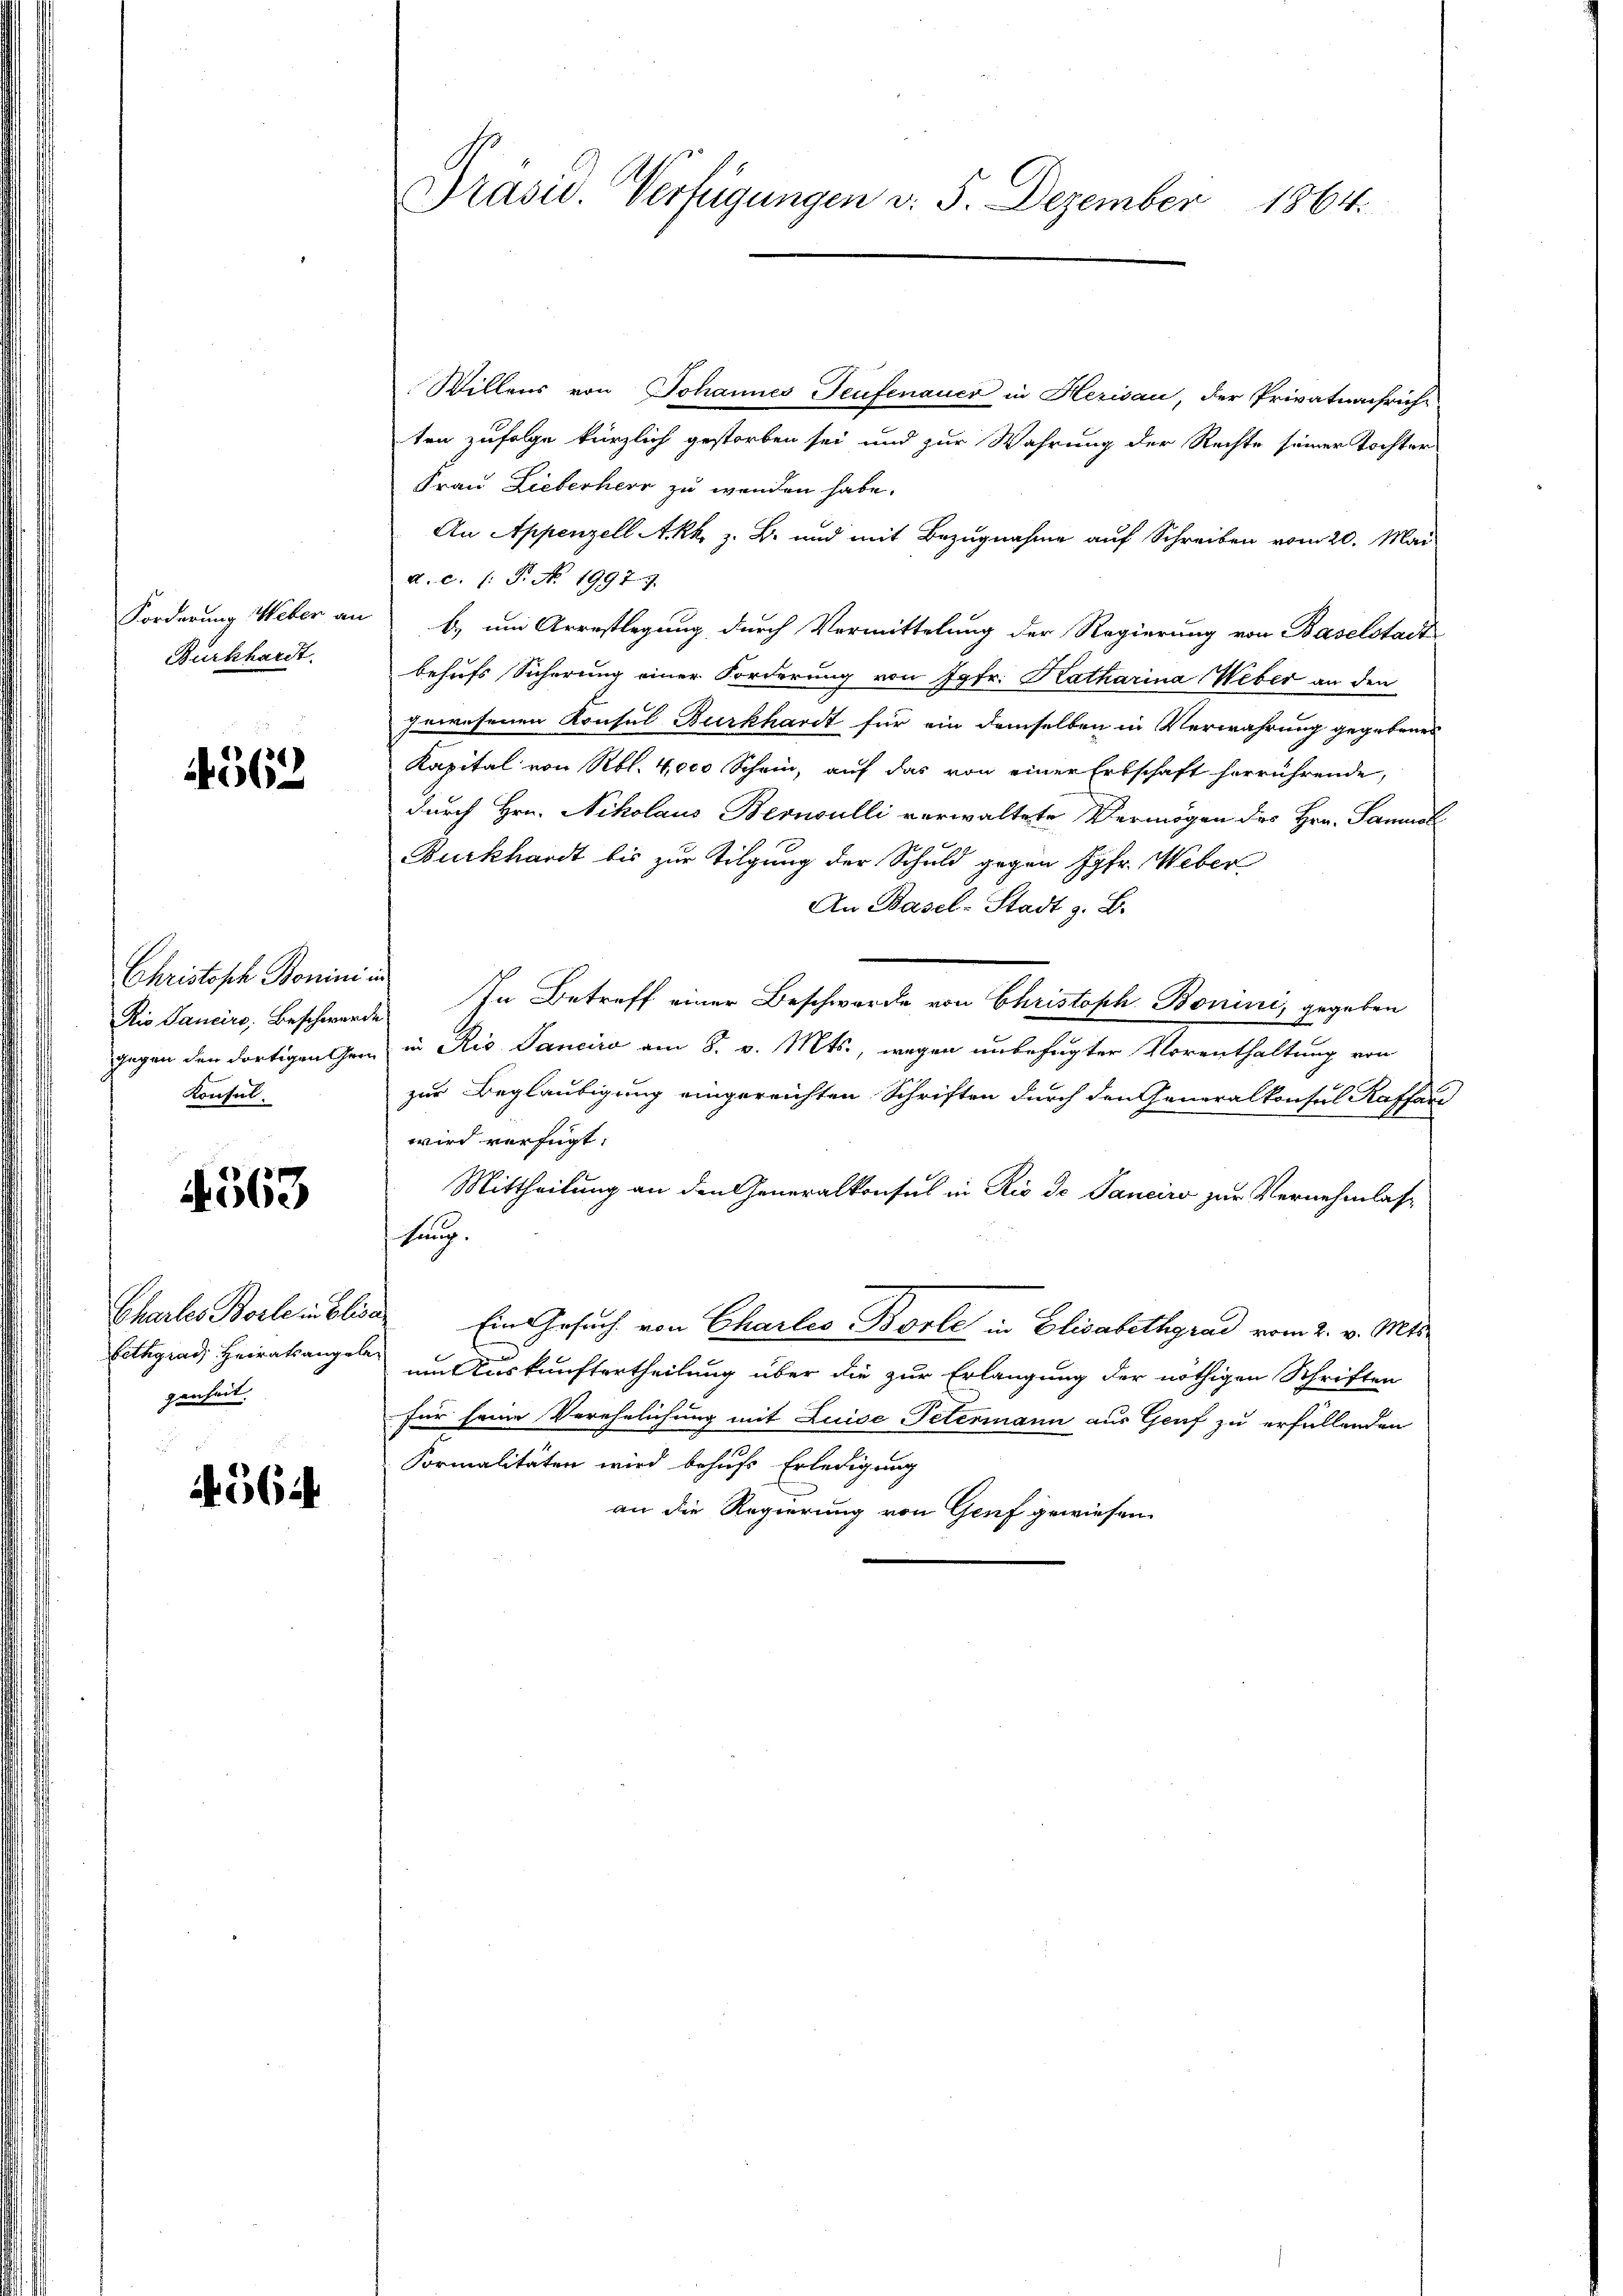
Forderung Weber an
Burkhardt.

562.

Christoph Bonini in
Rio Sancirs, Beschwere.
gegen den dortigen Gem
Konsul

4563

Chartes Borle in Elis
bethgrad Heiratsangel
genheit.

4564.

Präsid. Verfügungen v. 5. Dezember
1864.

Willens von Johannes Teufenauer in Herisau, der Privatunfruche
ten zufolge kürzlich gestorben sei und zur Wahrung der Rechte seiner Tochter
Frau Lieberherr zu wenden habe.
An Appenzell Akk. z. B. und mit Bezugnahme auf Schreiben vom 20. Mai
d.c. (: P. No. 1997.7.
b) um Arrestlegung durch Vormittelung der Regierung von Baselstadt
behufs Sicherung einer Forderung von Jgfr. Katharina Weber an den
gewesenen Konsul Burkhardt für ein demselben in Verwahrung gegebenes
Kapital von Rbl. 4,000 Schein, auf das von einer Erbschaft herrührende,
durch Hrn. Nikolaus Bernoulli verwaltete Vermögen des Hrn. Samuel
Burkhardt bis zur Tilgung der Schuld gegen Jgfr. Weber
An Basel-Stadt z. B.
In Betreff einer Beschwerde von Christoph Bonini, gegeben
in Rio Sanciro am 8. v. Mts., wegen unbefugter Vorenthaltung von
zur Beglaubigung eingereichten Schriften durch den Generalkonsul Kaffend
wird verfügt:
Mittheilung an den Generalkonsul in Rio de Sanciro zur Vernehmlas-
hung.
Ein Gesuch von Charlis Borle in Elisabethgrad vom 2. v. Mts.
um Auskunftertheilung über die zur Erlangung der nöthigen Schriften
für seine Verehelichung mit Luise Petermann aus Genf zu erfüllenden
Formalitäten wird behufs Erledigung
an die Regierung von Genf gewiesen.